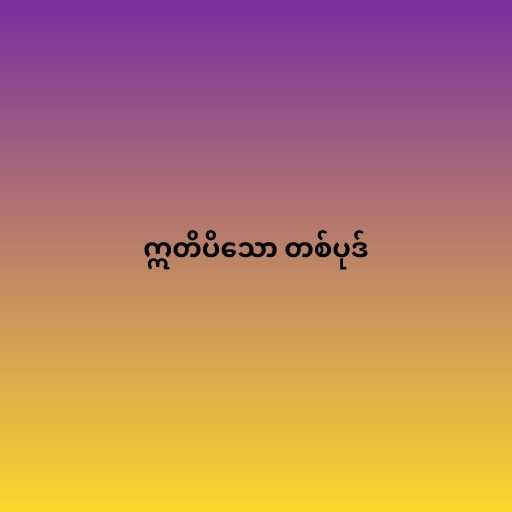
ဣတိပိသော တစ်ပုဒ်